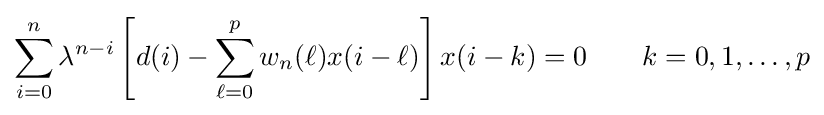
\sum _{i=0}^{n}\lambda ^{n-i}\left[d(i)-\sum _{\ell =0}^{p}w_{n}(\ell )x(i-\ell )\right]x(i-k)=0\qquad k=0,1,\ldots ,p